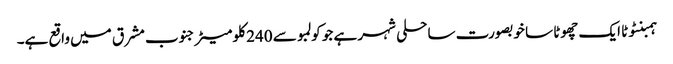
ہمبنٹوٹا ایک چھوٹا سا خوبصورت ساحلی شہر ہے جو کولمبو سے 240 کلو میٹر جنوب مشرق میں واقع ہے۔